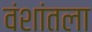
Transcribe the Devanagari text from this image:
वंशांतला